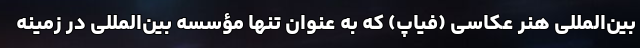
بین‌المللی هنر عکاسی (فیاپ) که به عنوان تنها مؤسسه بین‌المللی در زمینه